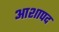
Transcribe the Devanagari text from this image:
आशापद